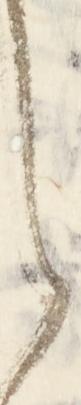
ら